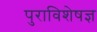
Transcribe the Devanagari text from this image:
पुराविशेषज्ञ